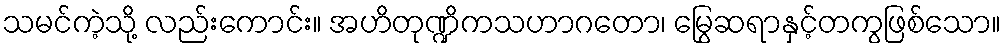
သမင်ကဲ့သို့ လည်းကောင်း။ အဟိတုဏ္ဍိကသဟာဂတော၊ မြွေဆရာနှင့်တကွဖြစ်သော။